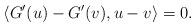
LaTeX: \begin{align*}\langle G^{\prime} (u)-G^{\prime} (v), u-v\rangle=0.\end{align*}